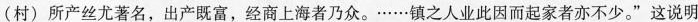
(村)所产丝尤著名，出产既富，经商上海者乃众。……镇之人业此因而起家者亦不少。”这说明